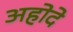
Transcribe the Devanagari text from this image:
अहोदे